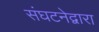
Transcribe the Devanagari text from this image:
संघटनेद्वारा